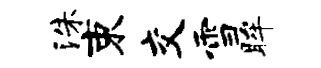
洙束交雪眸